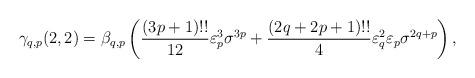
LaTeX: \begin{align*}\gamma_{q,p}(2,2)=\beta_{q,p}\left(\frac{(3p+1)!!}{12}\varepsilon_{p}^{3}\sigma^{3p}+\frac{(2q+2p+1)!!}{4} \varepsilon_{q}^{2}\varepsilon_{p}\sigma^{2q+p} \right),\end{align*}